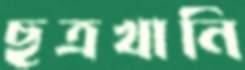
ছত্রখানি